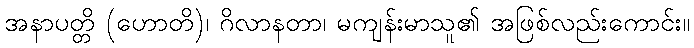
အနာပတ္တိ (ဟောတိ)၊ ဂိလာနတာ၊ မကျန်းမာသူ၏ အဖြစ်လည်းကောင်း။